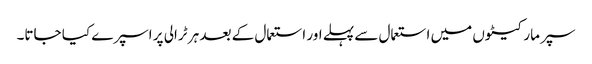
سپر مارکیٹوں میں استعمال سے پہلے اور استعمال کے بعد ہر ٹرالی پر اسپرے کیا جاتا۔